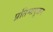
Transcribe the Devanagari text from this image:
प्रतिमापूजन